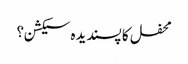
محفل کا پسندیدہ سیکشن؟